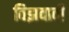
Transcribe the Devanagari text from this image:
विझवावी